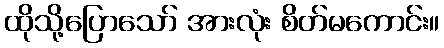
ထိုသို့ပြောသော် အားလုံး စိတ်မကောင်း။